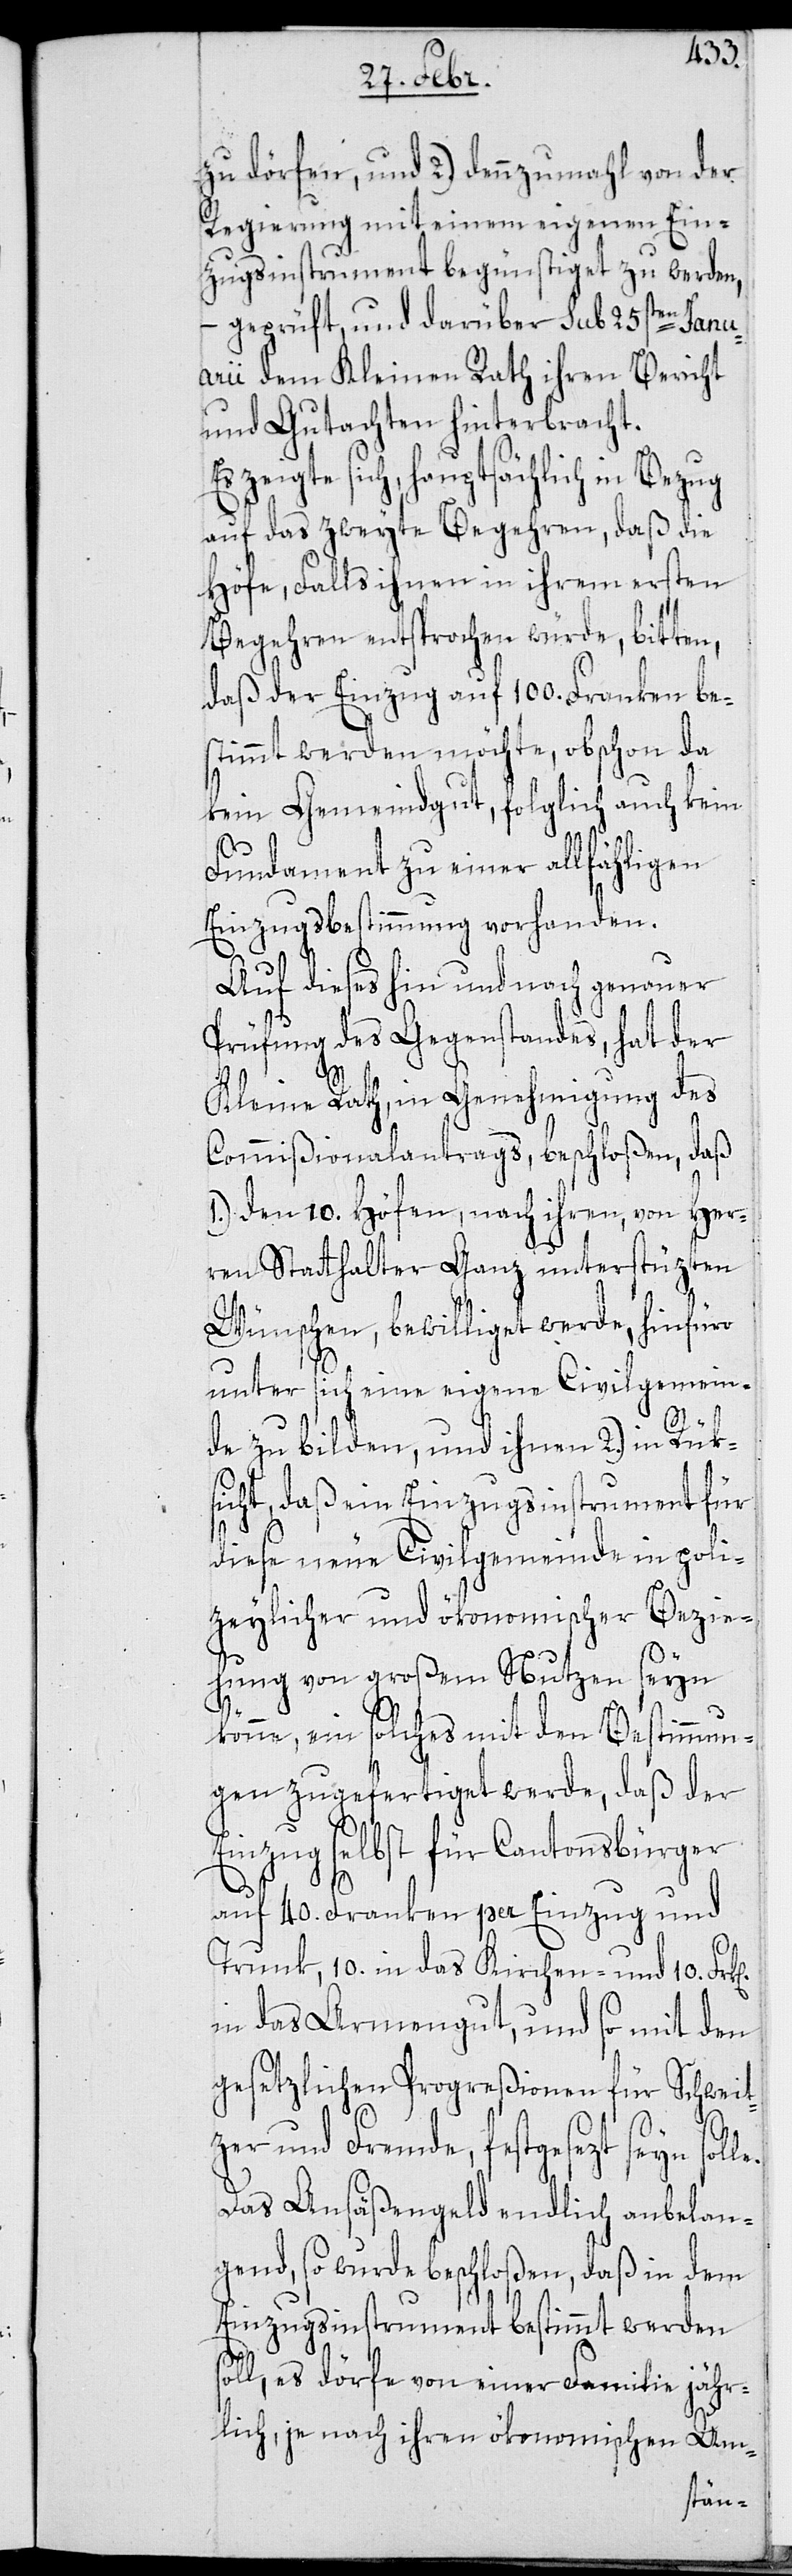
zugsinstrument begünstiget zu werden,
– geprüft und darüber sub 25sten Janu¬
arii dem Kleinen Rath ihren Bericht
und Gutachten hinterbracht.
Es zeigte sich hauptsächlich in Bezug
auf das zweyte Begehren, daß die
Höfe, Falls ihnen in ihrem ersten
Begehren entsprochen würde, bitten,
daß der Einzug auf 100. Franken be¬
stimmt werden möchte, obschon da
kein Gemeindgut, folglich auch kein
Fundament zu einer allfähligen
Einzugsbestimmung vorhanden.
Auf dieses hin und nach genauer
Prüfung des Gegenstandes, hat der
Kleine Rath, in Genehmigung des
Commißionalantrags, beschloßen, daß
1.) den 10. Höfen, nach ihren, von Her¬
ren Statthalter Ganz unterstüzten
Wünschen, bewilliget werde, hinfüro
unter sich eine eigene Civilgemein¬
2)
so¬
de zu bilden, und ihnen 2.) in Rük¬
sicht, daß ein Einzugsinstrument für
diese neue Civilgemeinde in poli¬
zeylicher und ökonomischer Bezie¬
hung von großem Nutzen seyn
könne, ein solches mit den Bestimmun¬
gen zugefertiget werde, daß der
Einzug selbst für Cantonsbürger
e.
auf 40. Franken per Einzug und
Franken in das Kirchen- und 10.
in das Armengut, und so mit den
gesetzlichen Progreßionen für Schweit¬
zer und Fremde, festgesezt seyn soll¬
Das Ansäßengeld endlich anbelan¬
gend, so wurde beschloßen, daß in dem
Einzugsinstrument bestimmt werden
ll, es dörfe von einer Familie jähr¬
lich, je nach ihren ökonomischen Um-